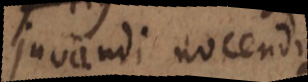
juvandi nocendique,